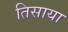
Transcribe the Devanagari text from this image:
तिसाया